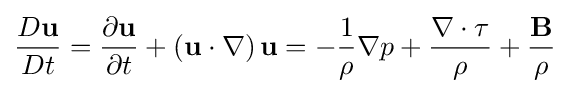
{\frac {D\mathbf {u} }{Dt}}={\frac {\partial \mathbf {u} }{\partial t}}+\left(\mathbf {u} \cdot \nabla \right)\mathbf {u} =-{\frac {1}{\rho }}\nabla p+{\frac {\nabla \cdot \tau }{\rho }}+{\frac {\mathbf {B} }{\rho }}